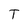
Character: T